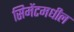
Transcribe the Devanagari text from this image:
सिमेंटमधील